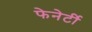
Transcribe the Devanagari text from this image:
फेनेर्टी